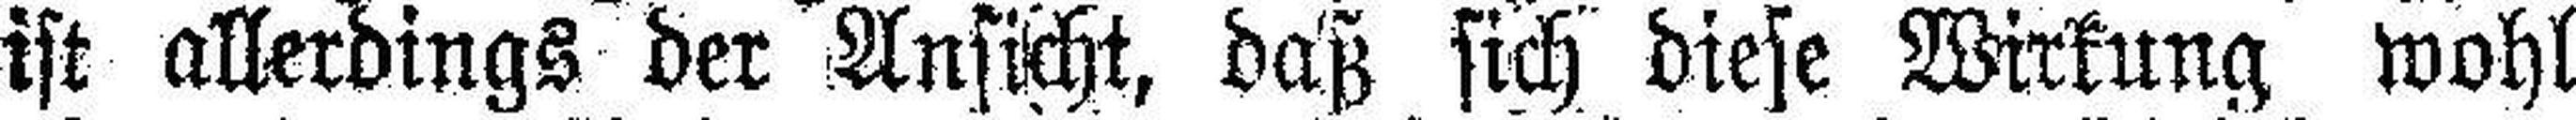
ist allerdings der Ansicht, daß sich diese Wirkung wohl